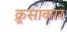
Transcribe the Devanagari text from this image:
क्रूसाकार